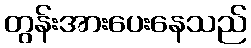
တွန်းအားပေးနေသည်